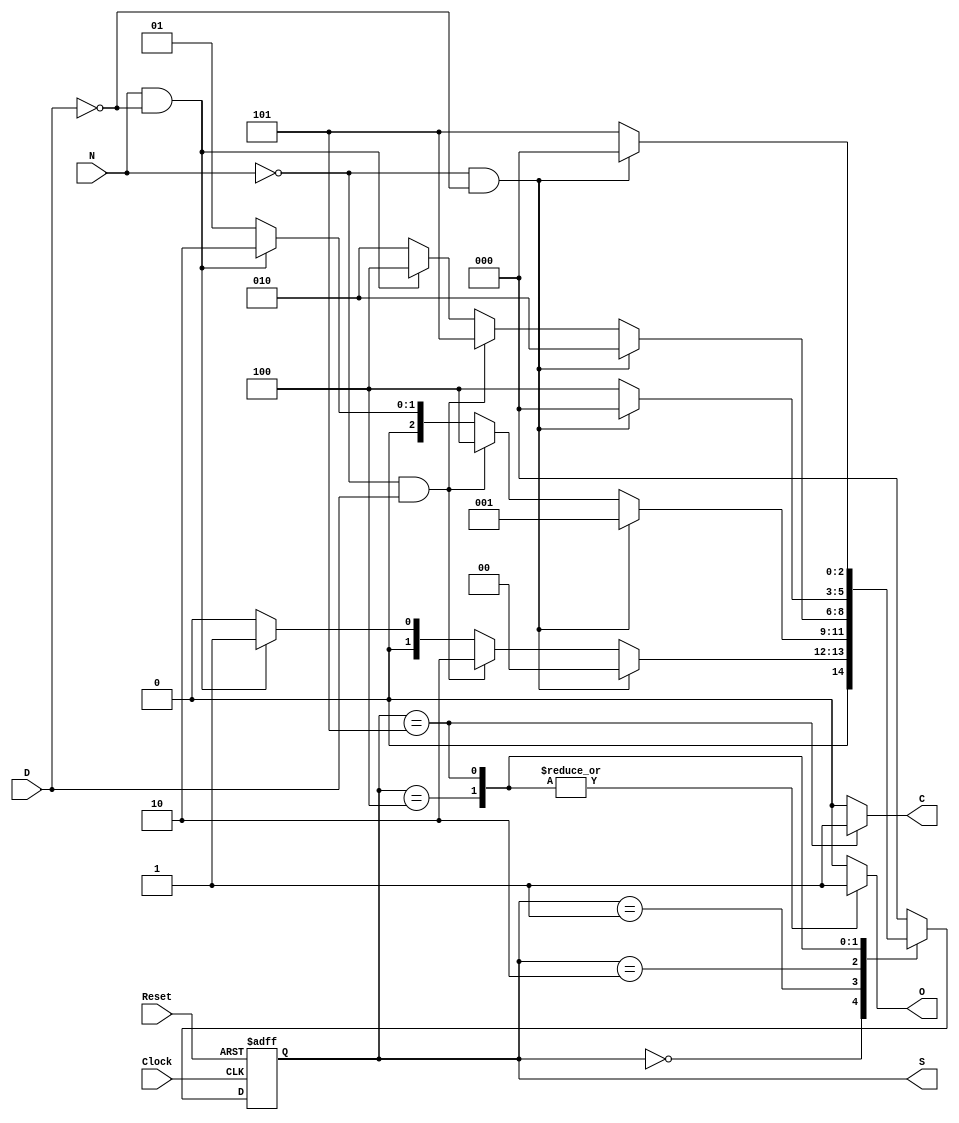
module lab8 (Clock, Reset, N, D, O, C, S);

input Clock, Reset; // Clock and Reset
input N, D; // Nickel and Dime sensors (active-high)
output reg O, C; // Open and Change (active-high)

output reg [2:0] S; // current state
reg [2:0] S_star; // next state

parameter [2:0] S0=3'b000, S5=3'b001, S10=3'b010, S15=3'b100, S20=3'b101;

// Flip-flops for state (state memory)
always @(posedge Reset, posedge Clock)
	if (Reset == 1) S <= 3'b000; // initialization
	else S <= S_star;
// Next state logics
// input: S, N, D
// output: S_star
always@(S,N,D)
begin
	case(S)
		S0:
			if (N==0 && D==0) S_star = S0;
				else if (N==0 && D==1) S_star = S10;
				else if (N==1 && D==0) S_star = S5;
				else S_star = S0;
		S5:
			if (N==0 && D==0) S_star = S5;
				else if (N==0 && D==1) S_star = S15;
				else if (N==1 && D==0) S_star = S10;
				else S_star = S5;
		S10:
			if (N==0 && D==0) S_star = S10;
				else if (N==0 && D==1) S_star = S20;
				else if (N==1 && D==0) S_star = S15;
				else S_star = S10;
		S15:
			if (N==0 && D==0) S_star = S0;
				else S_star = S15;
		S20:
			if (N==0 && D==0) S_star = S0;
				else S_star = S20;
		default:
			S_star = S0;
	endcase
end

// Output logics
// Moore machine: output is only determined by the current state (S), that is, input is S
always@(S)
begin
	case(S)
		S0:
		begin
			O = 0;
			C = 0;
		end
		S5:
		begin
			O = 0;
			C = 0;
		end
		S10:
		begin
			O = 0;
			C = 0;
		end
		S15:
		begin
			O = 1;
			C = 0;
		end
		S20:
		begin
			O = 1;
			C = 1;
		end
		default:
		begin
			O = 0;
			C = 0;
		end
	endcase
end
endmodule